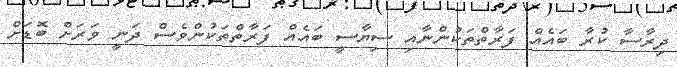
ދިރާސާ ކުރާ ބައެއް ފަރާތްތަކުންނާއި ސިޔާސީ ބައެއް ފަރާތްތަކުންވެސް ދަނީ ވަރަށް ބޮޑަށް